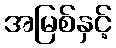
အမြစ်နှင့်